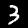
Label: 3